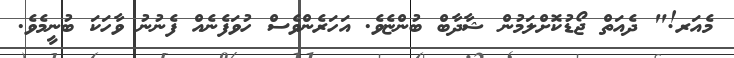
މެއަރ!" ދެއަތް ޖޯޑުކޮށްލަމުން ޝާދާބް ބުންޏެވެ. އަހަރެންވެސް ހުވަފެނެއް ފެނުނު ވާހަކަ ބުނީމެވެ.